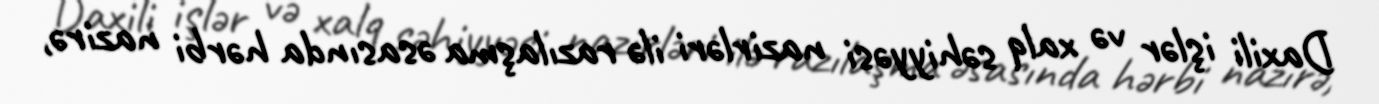
Daxili işlər və xalq səhiyyəsi nazirləri ilə razılaşma əsasında hərbi nazirə,